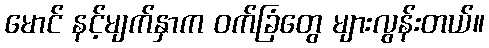
မောင် နင့်မျက်နှာက ဝက်ခြံတွေ များလွန်းတယ်။